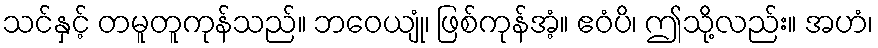
သင်နှင့် တမူတူကုန်သည်။ ဘဝေယျုံ၊ ဖြစ်ကုန်အံ့။ ဧဝံပိ၊ ဤသို့လည်း။ အဟံ၊